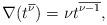
LaTeX: \begin{align*}\nabla(t^{\overline{\nu}})=\nu{t^{\overline{\nu-1}}},\end{align*}